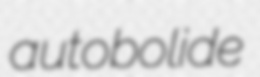
autobolide